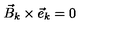
{ \vec { B } } _ { k } \times { \vec { e } } _ { k } = 0